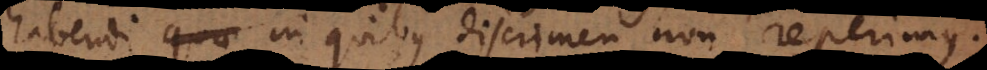
habendi in quibus discrimen non reperimu